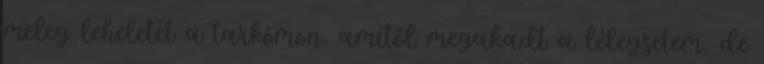
meleg leheletet a tarkómon, amitől megakadt a lélegzetem, de